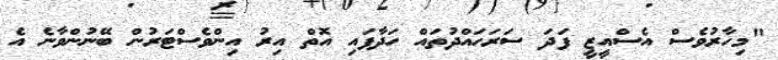
"މިހާރުވެސް އެސްއީޒީ ފަދަ ސަރަހައްދުތައް ހަދާފައި އޮތް އިރު އިންވެސްޓަރުން ބޭނުންވާނެ އެ